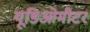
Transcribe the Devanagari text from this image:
यूडिओमीटर